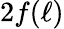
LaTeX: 2f(\ell)